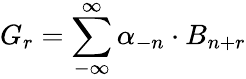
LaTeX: G_{r}=\sum_{-\infty}^{\infty}\alpha_{-n}\cdot B_{n+r}